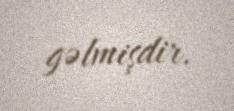
gəlmişdir.